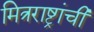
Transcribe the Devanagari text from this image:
मित्रराष्ट्रांची